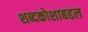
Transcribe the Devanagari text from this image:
शब्दकोशाबद्दल